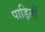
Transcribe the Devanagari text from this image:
पाड़ितों